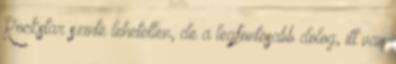
Rockstar szinte lehetetlen, de a legfontosabb dolog, itt van